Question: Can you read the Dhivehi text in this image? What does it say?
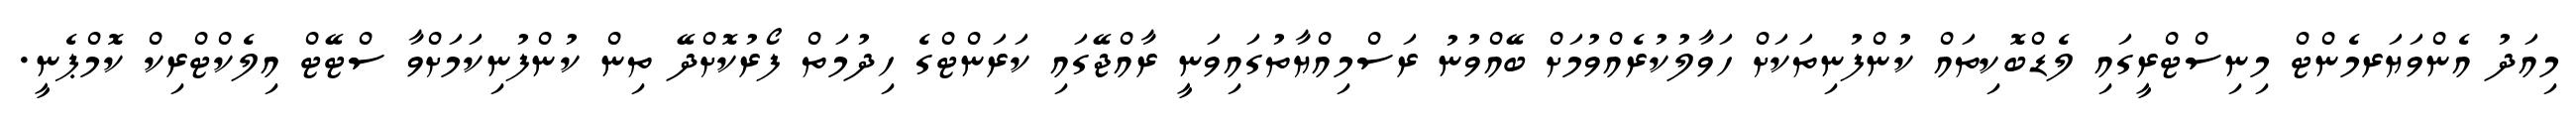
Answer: މިއަދު އެންވަޔަރމެންޓް މިނިސްޓްރީގައި ލެޑްބޮކިތައް ކުންފުނިތަކަށް ހަވާލުކުރެއްވުމަށް ބޭއްވުނު ރަސްމިއްޔާތުގައިވަނީ ރާއްޖޭގައި ކަރަންޓްގެ ހިދުމަތް ފޯރުކޮށްދޭ ތިން ކުންފުނިކަމަށްވާ ސްޓޭޓް އިލެކްޓްރިކް ކޮމްޕެނީ.